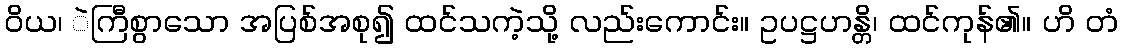
ဝိယ၊ ဲကြီစွာသော အပြစ်အစု၍ ထင်သကဲ့သို့ လည်းကောင်း။ ဥပဋ္ဌဟန္တိ၊ ထင်ကုန်၏။ ဟိ တံ